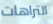
التراهات